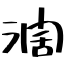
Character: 濶